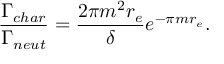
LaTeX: \frac { \Gamma _ { c h a r } } { \Gamma _ { n e u t } } = \frac { 2 \pi m ^ { 2 } r _ { e } } { \delta } e ^ { - \pi m r _ { e } } .